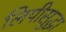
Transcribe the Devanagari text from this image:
लिपीसुद्धा